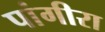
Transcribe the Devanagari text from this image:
पांगीरा